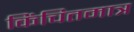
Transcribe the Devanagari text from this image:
किंचितमात्र